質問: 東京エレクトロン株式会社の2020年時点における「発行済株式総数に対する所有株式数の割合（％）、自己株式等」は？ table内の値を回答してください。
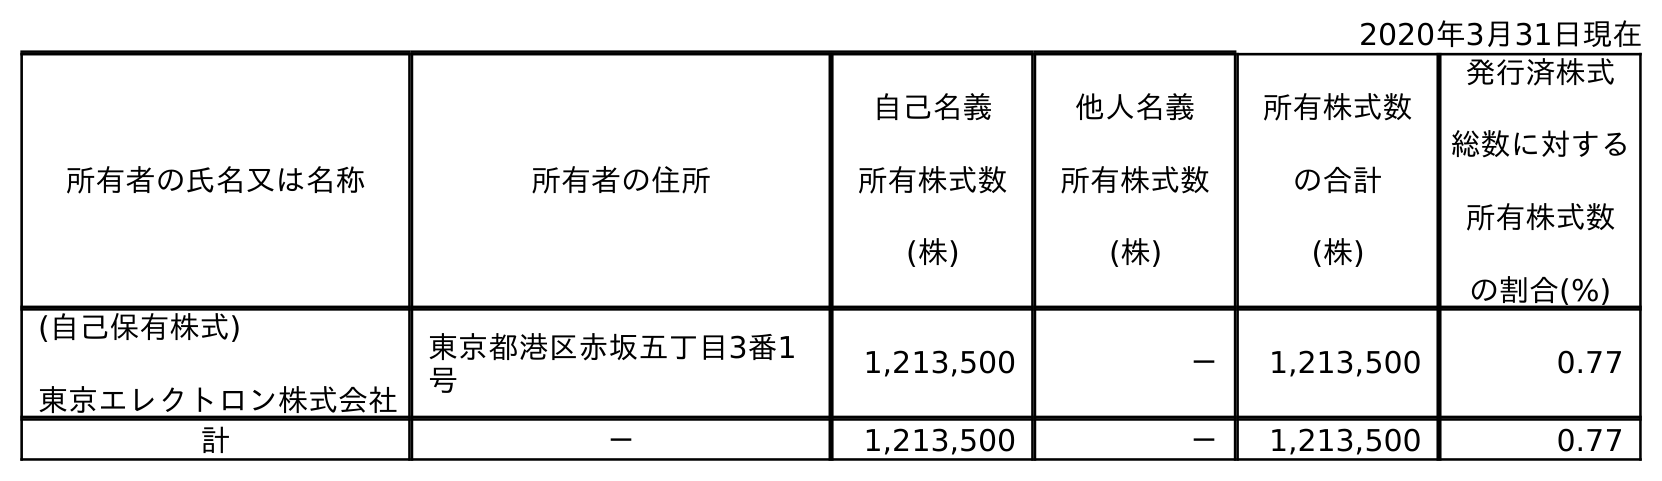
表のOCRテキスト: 2020年3月31日現在 所有者の氏名又は名称 所有者の住所 自己名義 所有株式数 (株) 他人名義 所有株式数 (株) 所有株式数 の合計 (株) 発行済株式 総数に対する 所有株式数 の割合(%) (自己保有株式) 東京エレクトロン株式会社 東京都港区赤坂五丁目3番1 号 1,213,500 － 1,213,500 0.77 計 － 1,213,500 － 1,213,500 0.77
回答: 0.77